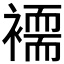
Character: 𮖲